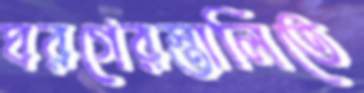
ঘরগেরস্তালিতে